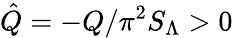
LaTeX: \hat{Q}=-Q/\pi^{2}S_{\Lambda}>0